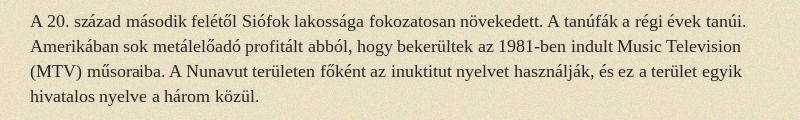
A 20. század második felétől Siófok lakossága fokozatosan növekedett. A tanúfák a régi évek tanúi. Amerikában sok metálelőadó profitált abból, hogy bekerültek az 1981-ben indult Music Television (MTV) műsoraiba. A Nunavut területen főként az inuktitut nyelvet használják, és ez a terület egyik hivatalos nyelve a három közül.